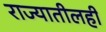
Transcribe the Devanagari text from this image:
राज्यातीलही